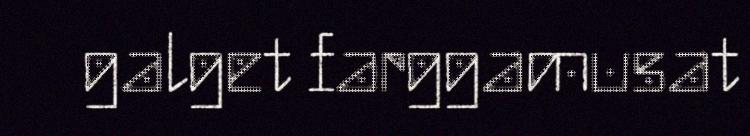
galget farggamusat